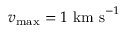
v _ { \mathrm { m a x } } = 1 ~ \mathrm { k m ~ s } ^ { - 1 }